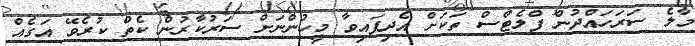
މާލެ ސަރަހައްދުން ފްލެޓްސް ތަކަށް އެދިފައިވާ މީހުންނަށް ސަރުކާރުން ކެތް ކުރެވޭ އަގެއް